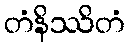
တံနိဿိတံ